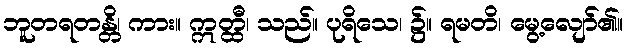
ဘူတရတန္တိ၊ ကား။ ဣတ္ထီ၊ သည်။ ပုရိသေ၊ ၌။ ရမတိ၊ မွေ့လျော်၏။